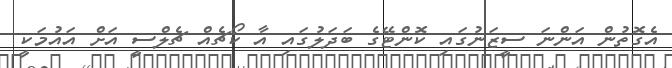
އެގޮތުން އަންނަ ސީޒަނުގައި ކޮންޓޭގެ ބަދަލުގައި އާ ކޯޗެއް ޗެލްސީ އަށް އައުމަކީ